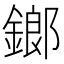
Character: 鎯